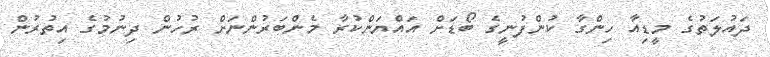
ދައުލަތުގެ މީޑިއާ ހިންގާ ކުންފުނީގެ ބޯޑަށް އައްޔަންކުރާ މެންބަރުންނަށް ރުހުން ދިނުމުގެ އިތުރުން